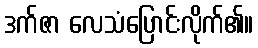
ဒက်ဇာ လေသံပြောင်းလိုက်၏။